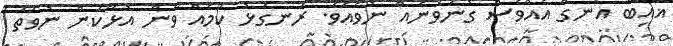
ޣައިބު އެނގޭ އެއްވެސް ގުނަވަނެއް ނުވެއެވެ. ރަނގަޅު ކަމެއް ވާން އުޅޭކަން ނުވަތަ